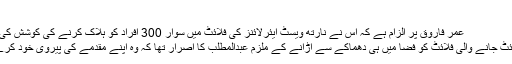
‘‘
عمر فاروق پر الزام ہے کہ اس نے نارتھ ویسٹ ایئرلائنز کی فلائٹ میں سوار 300 افراد کو ہلاک کرنے کی کوشش کی تھی
ڈیٹرائٹ جانے والی فلائٹ کو فضا میں ہی دھماکے سے اڑانے کے ملزم عبدالمطلب کا اصرار تھا کہ وہ اپنے مقدمے کی پیروی خود کرے گا۔